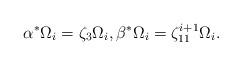
LaTeX: \begin{align*} \alpha^* \Omega_i = \zeta_3 \Omega_i, \beta^* \Omega_i = \zeta_{11}^{i+1} \Omega_i.\end{align*}